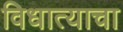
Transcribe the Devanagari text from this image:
विधात्याचा